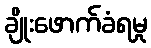
ချိုးဖောက်ခံရမှု